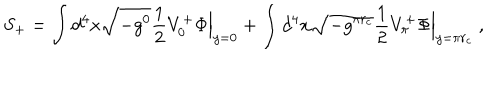
S _ { + } = \int d ^ { 4 } x \sqrt { - g ^ { 0 } } \frac { 1 } { 2 } V _ { 0 } ^ { + } \Phi \Bigr | _ { y = 0 } + \int d ^ { 4 } x \sqrt { - g ^ { \pi r _ { c } } } \frac { 1 } { 2 } V _ { \pi } ^ { + } \Phi \Bigr | _ { y = \pi r _ { c } } \ ,